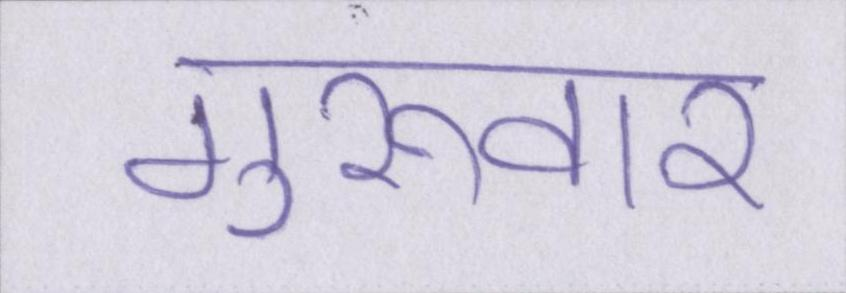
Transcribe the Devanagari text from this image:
गुरूवार